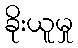
ခိုးယူမှု